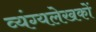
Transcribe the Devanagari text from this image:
व्यंग्यलेखकों